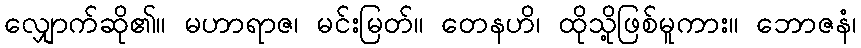
လျှောက်ဆို၏။ မဟာရာဇ၊ မင်းမြတ်။ တေနဟိ၊ ထိုသို့ဖြစ်မူကား။ ဘောဇနံ၊